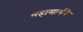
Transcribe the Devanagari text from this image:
महामार्गने